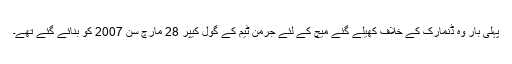
پہلی بار وہ ڈنمارک کے خلاف کھیلے گئے میچ کے لئے جرمن ٹیم کے گول کیپر 28 مارچ سن 2007 کو بنائے گئے تھے۔